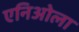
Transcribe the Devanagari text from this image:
एनिओला